NAE_ERA_R-2324_Eesti_Vabariigi_Pohiseaduslik_Assamblee, lk 27
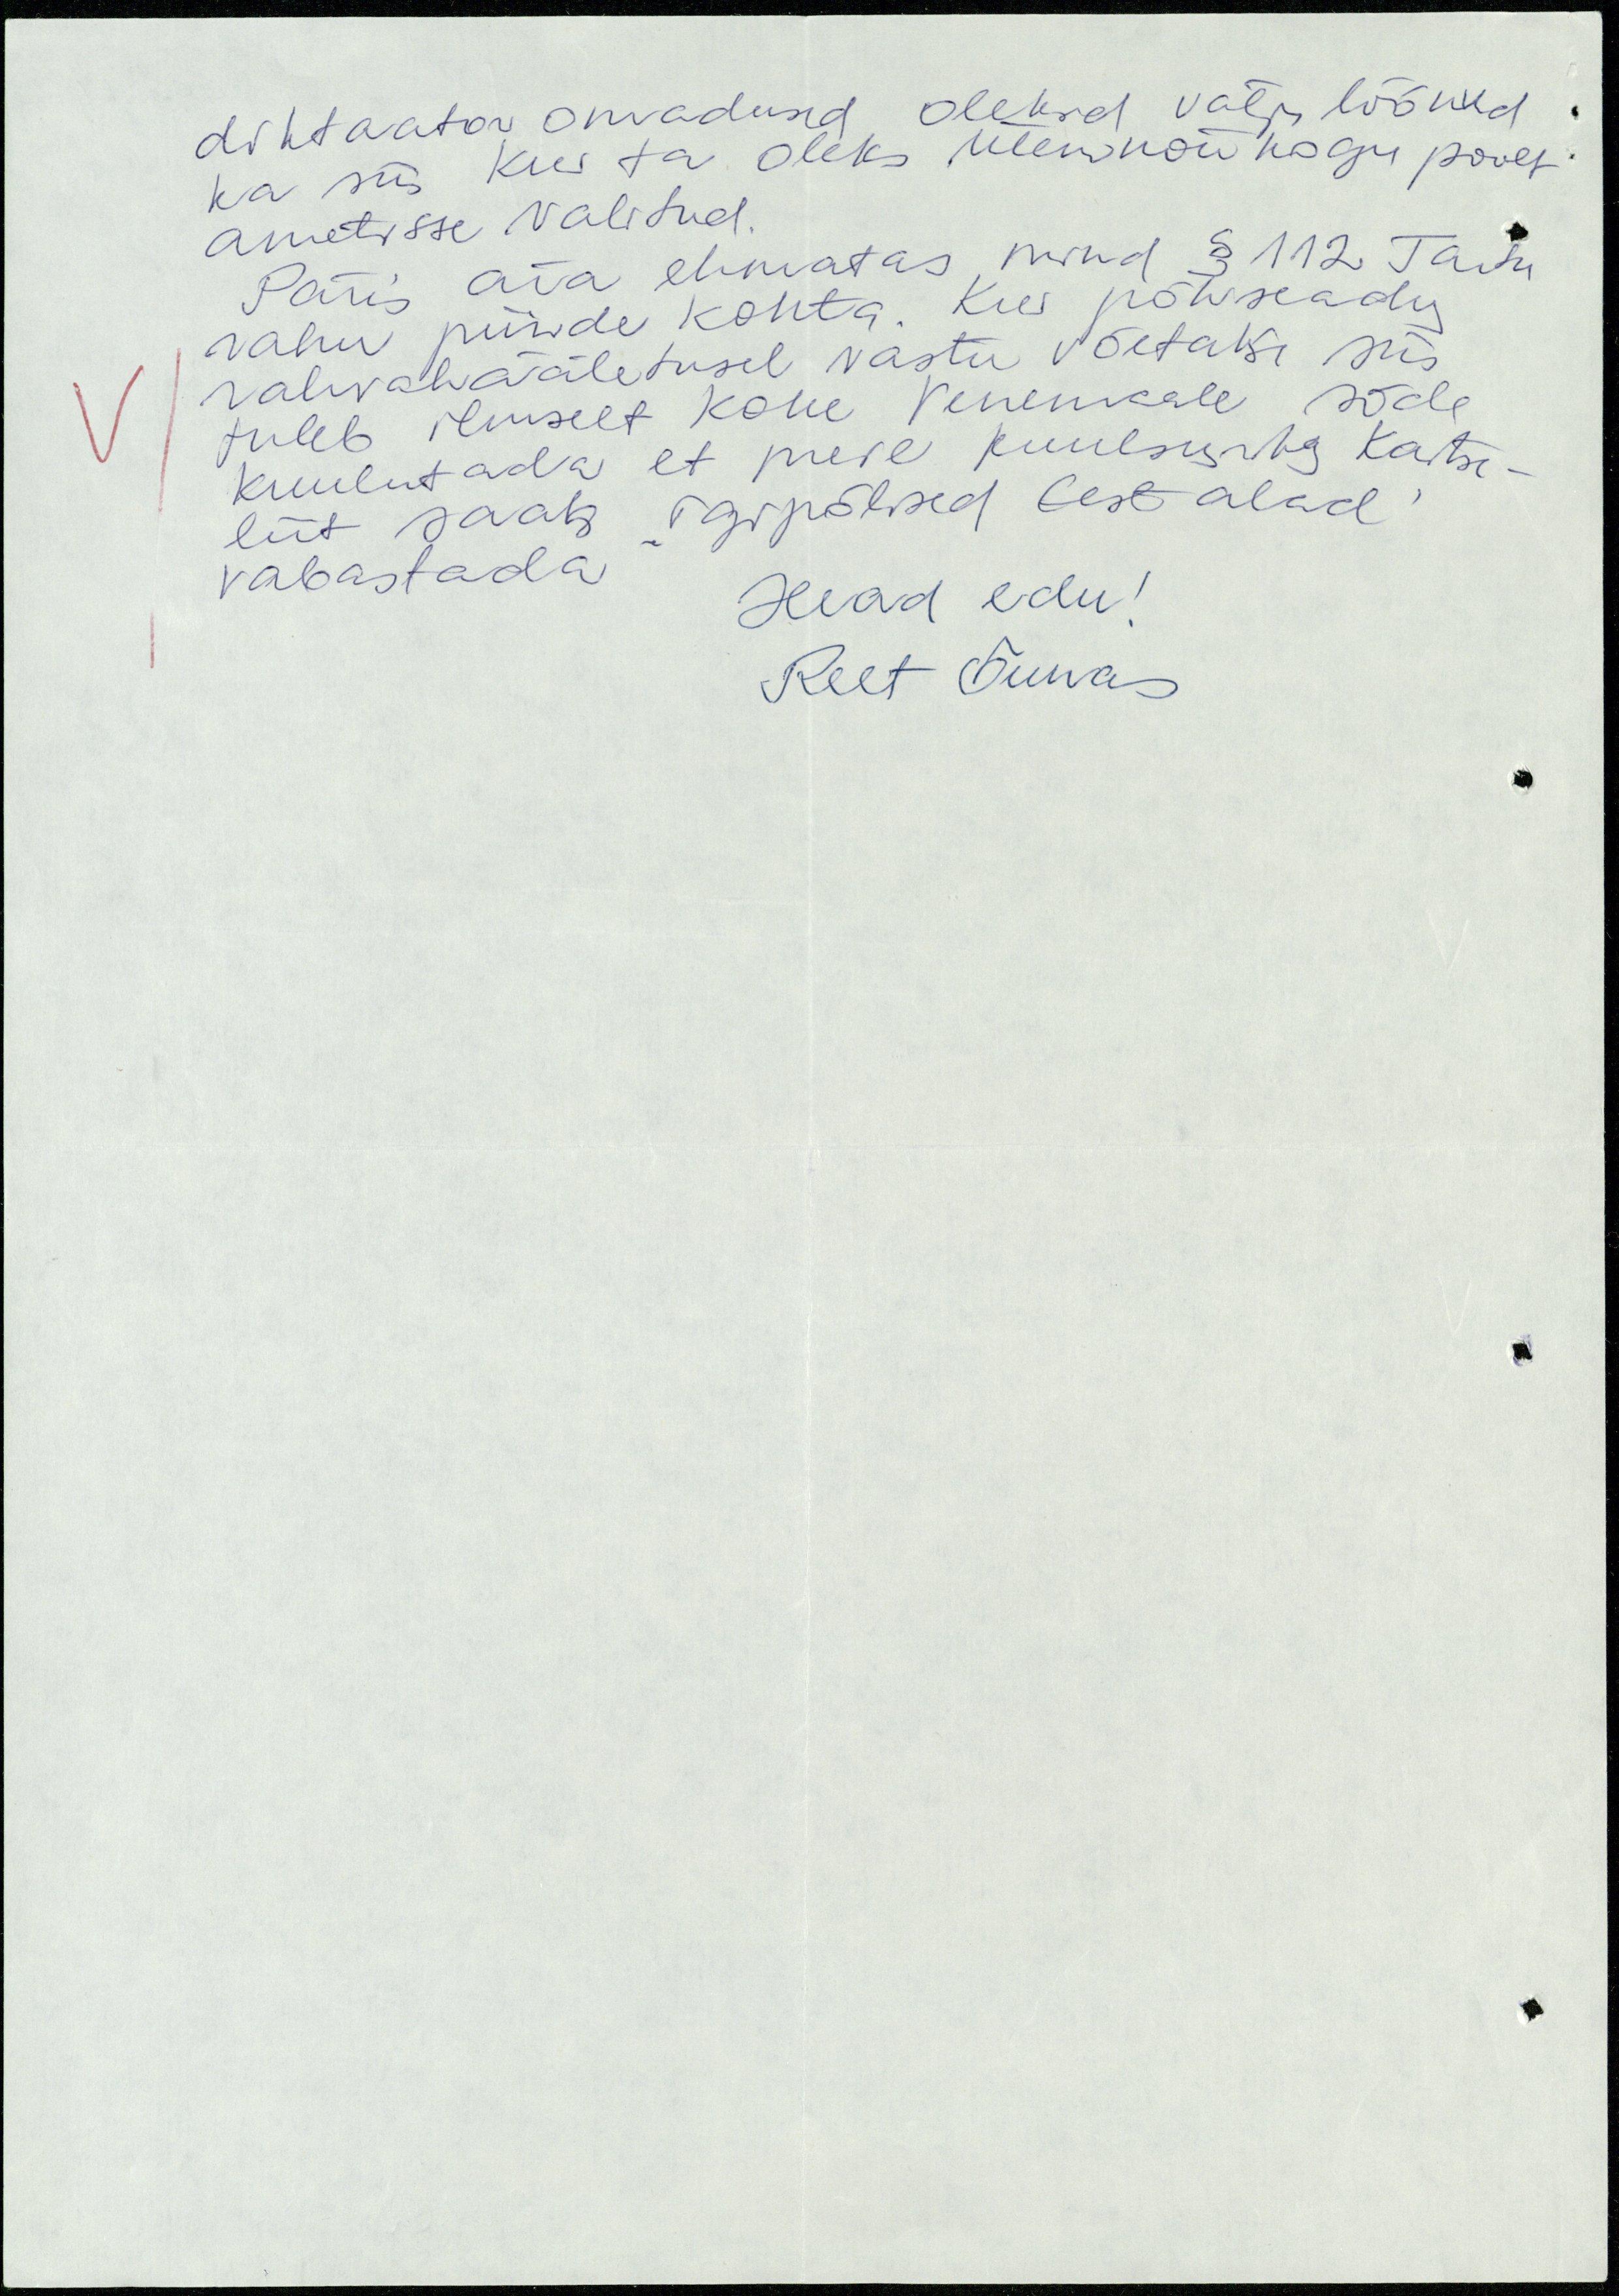
diktaatori omadused oleksid valja löönud
ka siis kui ta oleks Ülemnõukogu poolt
ametisse valitud.
Päris ära ehmatas mind § 112 Tartu
rahu piiride kohta. Kui põhiseadus
rahvahääletusel vastu võetakse siis
tuleb ilmselt kohe Venemaale sõda
kuulutada et meie kuulsuseks Kaitse-
liit saaks "igipõlised Eesti alad"
vabastada
Head edu!
Reet Õunas